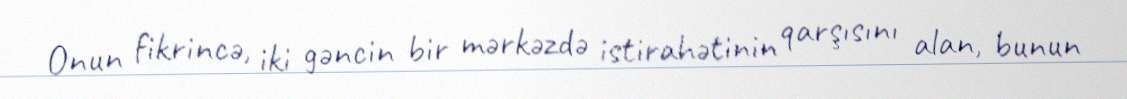
Onun fikrincə, iki gəncin bir mərkəzdə istirahətinin qarşısını alan, bunun